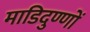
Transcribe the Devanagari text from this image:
माडिदुण्णों